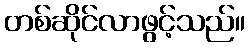
တစ်ဆိုင်လာဖွင့်သည်။